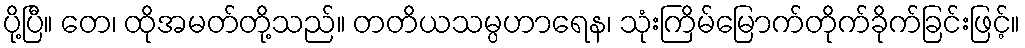
ပို့ပြီ။ တေ၊ ထိုအမတ်တို့သည်။ တတိယသမ္ပဟာရေန၊ သုံးကြိမ်မြောက်တိုက်ခိုက်ခြင်းဖြင့်။